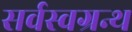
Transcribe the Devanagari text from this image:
सर्वस्वग्रन्थ